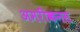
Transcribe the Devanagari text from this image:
अमरीकनस